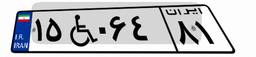
۱۵W۰۶۴۸۱